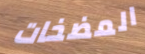
المضخات